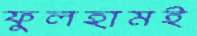
ফুলহামই